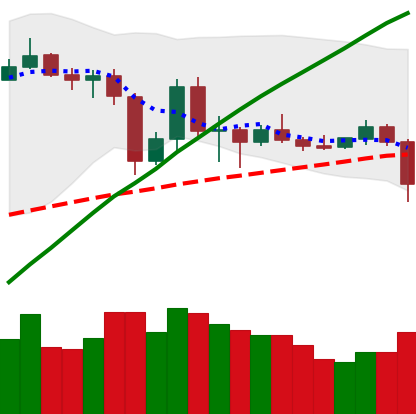
Ticker: LTC-USD
Chart end date: 2019-07-10
Forward return: -16.2%
Label: down_7plus